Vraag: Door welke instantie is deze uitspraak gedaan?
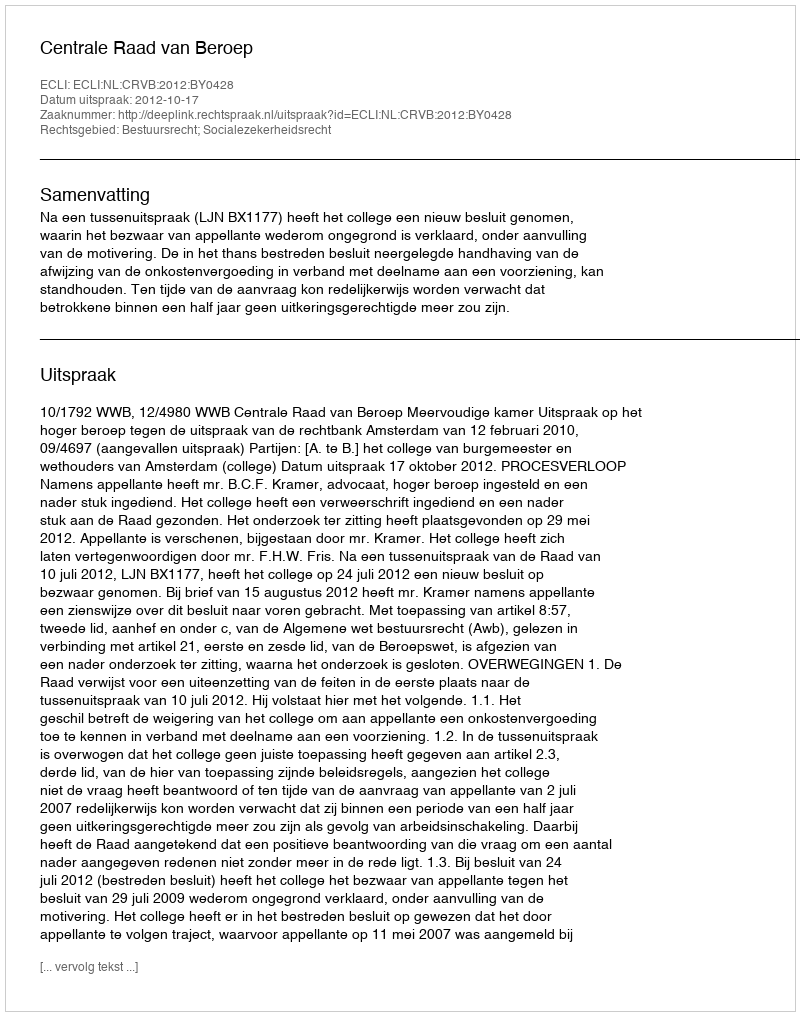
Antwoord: Centrale Raad van Beroep